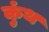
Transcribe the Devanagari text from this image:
कुंथ